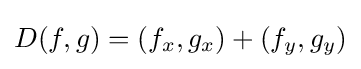
D(f,g)=\left(f_{x},g_{x}\right)+\left(f_{y},g_{y}\right)